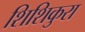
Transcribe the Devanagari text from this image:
शिशिकुरा